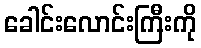
ခေါင်းလောင်းကြီးကို